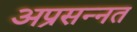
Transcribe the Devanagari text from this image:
अप्रसन्नत